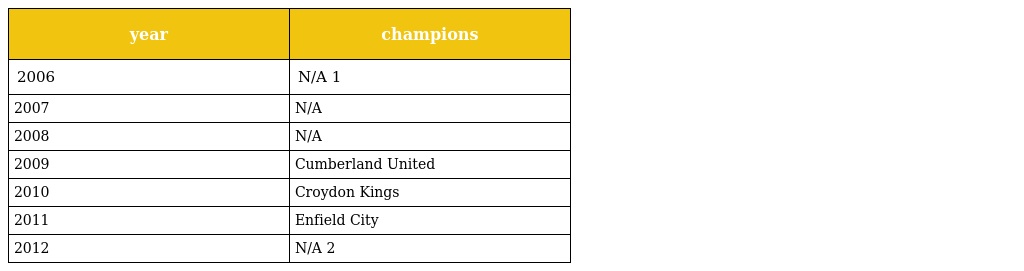
| year | champions |
 | --- | --- |
 | 2006 | N/A 1 |
 | 2007 | N/A |
 | 2008 | N/A |
 | 2009 | Cumberland United |
 | 2010 | Croydon Kings |
 | 2011 | Enfield City |
 | 2012 | N/A 2 |